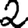
Digit: 2